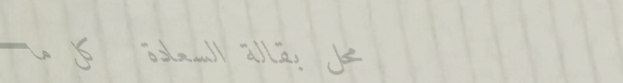
محل بقالة السعادة   كل ما